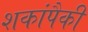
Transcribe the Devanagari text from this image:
शकांपैकी